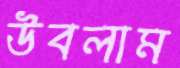
উবলাম